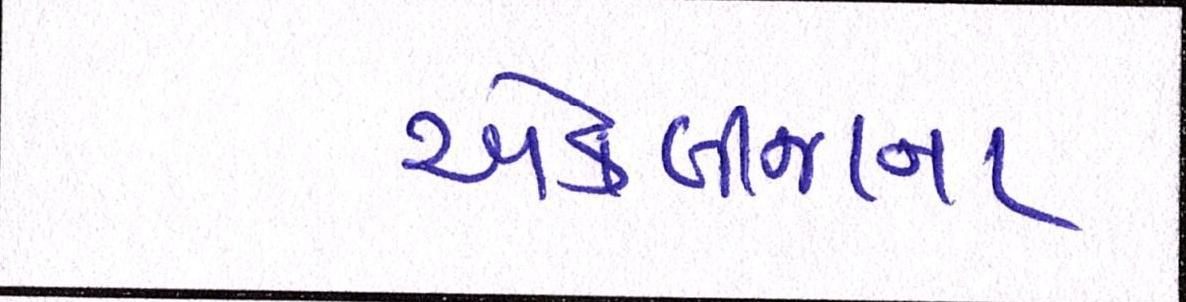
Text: એકબીજાના